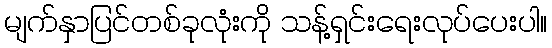
မျက်နှာပြင်တစ်ခုလုံးကို သန့်ရှင်းရေးလုပ်ပေးပါ။